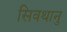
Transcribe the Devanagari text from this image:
सिवथानु